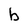
Character: b